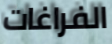
الفراغات